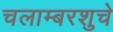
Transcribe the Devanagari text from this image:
चलाम्बरशुचे